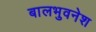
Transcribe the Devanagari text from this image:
बालभुवनेश